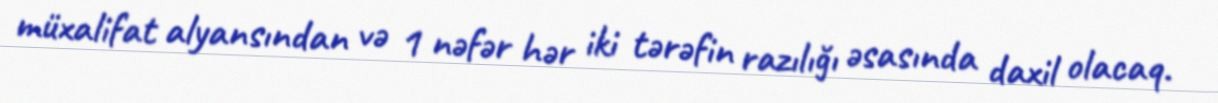
müxalifat alyansından və 1 nəfər hər iki tərəfin razılığı əsasında daxil olacaq.